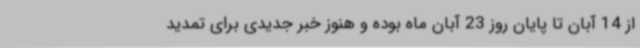
از 14 آبان تا پایان روز 23 آبان ماه بوده و هنوز خبر جدیدی برای تمدید